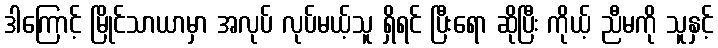
ဒါကြောင့် မြိုင်သာယာမှာ အလုပ် လုပ်မယ့်သူ ရှိရင် ပြီးရော ဆိုပြီး ကိုယ့် ညီမကို သူနှင့်